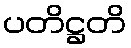
ပတိဋ္ဌတိ